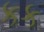
કક